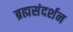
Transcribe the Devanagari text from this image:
ब्रह्मसंदर्शन